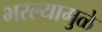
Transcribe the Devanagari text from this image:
भरल्यामुळे